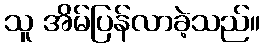
သူ အိမ်ပြန်လာခဲ့သည်။